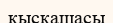
қысқашасы